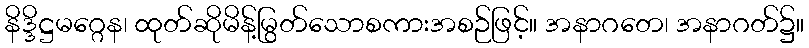
နိဒ္ဒိဋ္ဌမဂ္ဂေန၊ ထုတ်ဆိုမိန့်မြွတ်သောစကားအစဉ်ဖြင့်။ အနာဂတေ၊ အနာဂတ်၌။